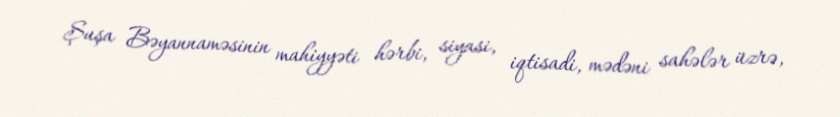
Şuşa Bəyannaməsinin mahiyyəti hərbi, siyasi, iqtisadi, mədəni sahələr üzrə,